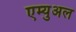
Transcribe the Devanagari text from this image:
एम्युअल